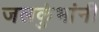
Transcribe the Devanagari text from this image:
जलकुंभांनी